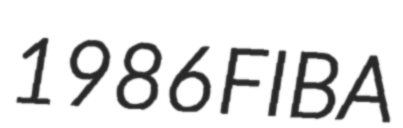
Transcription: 1986 FIBA